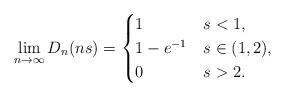
LaTeX: \begin{align*}\lim_{n\to \infty} D_n( ns )= \begin{cases} 1 & s<1, \\ 1-e^{-1} & s\in(1, 2), \\ 0 & s>2. \end{cases}\end{align*}